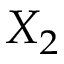
X _ { 2 }